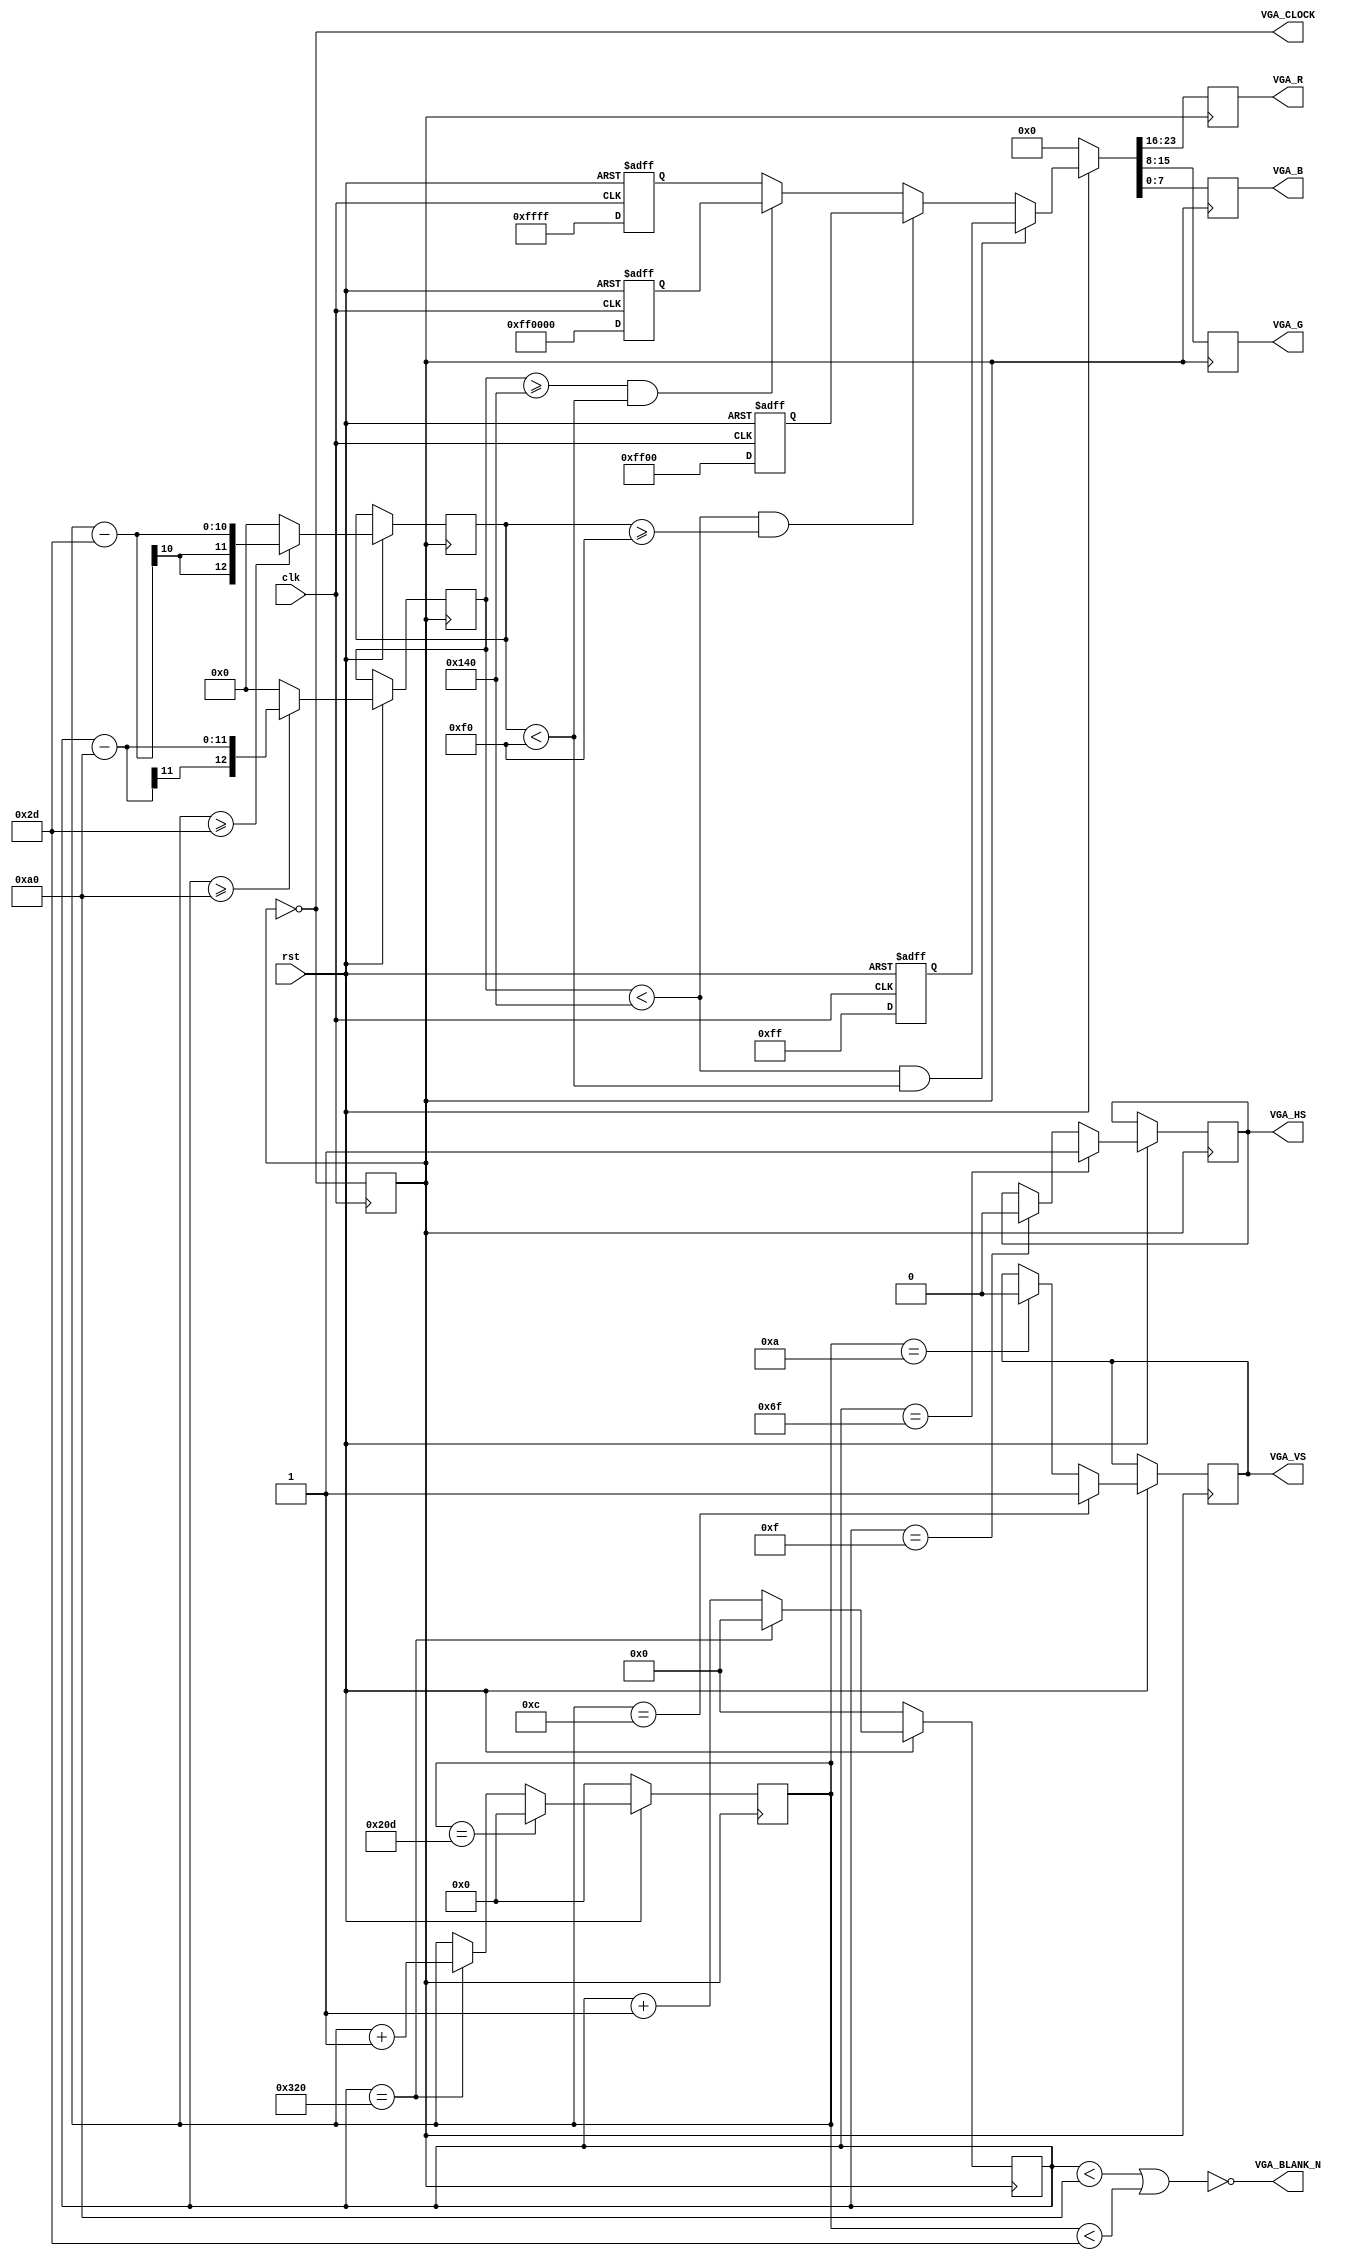
module VGA(clk, rst, VGA_HS, VGA_VS ,VGA_R, VGA_G, VGA_B,VGA_BLANK_N,VGA_CLOCK);

input clk, rst;		//clk 50MHz
output VGA_HS, VGA_VS;
output reg [7:0] VGA_R,VGA_G,VGA_B;
output VGA_BLANK_N,VGA_CLOCK;

reg VGA_HS, VGA_VS;
reg[10:0] counterHS;
reg[9:0] counterVS;
reg [2:0] valid;
reg clk25M;

reg [12:0] X,Y;

parameter H_FRONT = 16;
parameter H_SYNC  = 96;
parameter H_BACK  = 48;
parameter H_ACT   = 640;//
parameter H_BLANK = H_FRONT + H_SYNC + H_BACK;
parameter H_TOTAL = H_FRONT + H_SYNC + H_BACK + H_ACT;

parameter V_FRONT = 11;
parameter V_SYNC  = 2;
parameter V_BACK  = 32;
parameter V_ACT   = 480;//
parameter V_BLANK = V_FRONT + V_SYNC + V_BACK;
parameter V_TOTAL = V_FRONT + V_SYNC + V_BACK + V_ACT;
assign VGA_SYNC_N = 1'b0;
assign VGA_BLANK_N = ~((counterHS<H_BLANK)||(counterVS<V_BLANK));
assign VGA_CLOCK = ~clk25M;

always@(posedge clk)
	clk25M = ~clk25M;


always@(posedge clk25M)
begin
	if(!rst) 
		counterHS <= 0;
	else begin
	
		if(counterHS == H_TOTAL) 
			counterHS <= 0;
		else 
			counterHS <= counterHS + 1'b1;
		
		if(counterHS == H_FRONT-1)
			VGA_HS <= 1'b0;
		if(counterHS == H_FRONT + H_SYNC -1)
			VGA_HS <= 1'b1;
			
		if(counterHS >= H_BLANK)
			X <= counterHS-H_BLANK;
		else
			X <= 0;	
	end
end

always@(posedge clk25M)
begin
	if(!rst) 
		counterVS <= 0;
	else begin
	
		if(counterVS == V_TOTAL) 
			counterVS <= 0;
		else if(counterHS == H_TOTAL) 
			counterVS <= counterVS + 1'b1;
			
		if(counterVS == V_FRONT-1)
			VGA_VS <= 1'b0;
		if(counterVS == V_FRONT + V_SYNC -1)
			VGA_VS <= 1'b1;
		if(counterVS >= V_BLANK)
			Y <= counterVS-V_BLANK;
		else
			Y <= 0;
	end
end

reg [23:0]color[3:0];

always@(posedge clk25M)
begin
	if (!rst) 
	begin
		{VGA_R,VGA_G,VGA_B}<=0;
   end
	else 
	begin
		if(X < 320 && Y < 240) begin
			{VGA_R,VGA_G,VGA_B}<=color[0]; 
		end else if(X < 320 && Y >= 240) begin
			{VGA_R,VGA_G,VGA_B}<=color[1];
		end else if(X >= 320 && Y < 240) begin
			{VGA_R,VGA_G,VGA_B}<=color[2];
		end	else begin
			{VGA_R,VGA_G,VGA_B}<=color[3];
		end
   end
end

always@(posedge clk,negedge rst)begin
	if(!rst)begin
		color[0]<=24'h000000;//
		color[1]<=24'h000000;//
		color[2]<=24'h000000;//
		color[3]<=24'h000000;//
	end else begin
		color[0]<=24'h0000ff;//blue
		color[1]<=24'h00ff00;//green
		color[2]<=24'hff0000;//red
		color[3]<=24'h00ffff;//
	end
end

endmodule